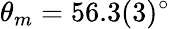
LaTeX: \theta_{m}=56.3(3)^{\circ}